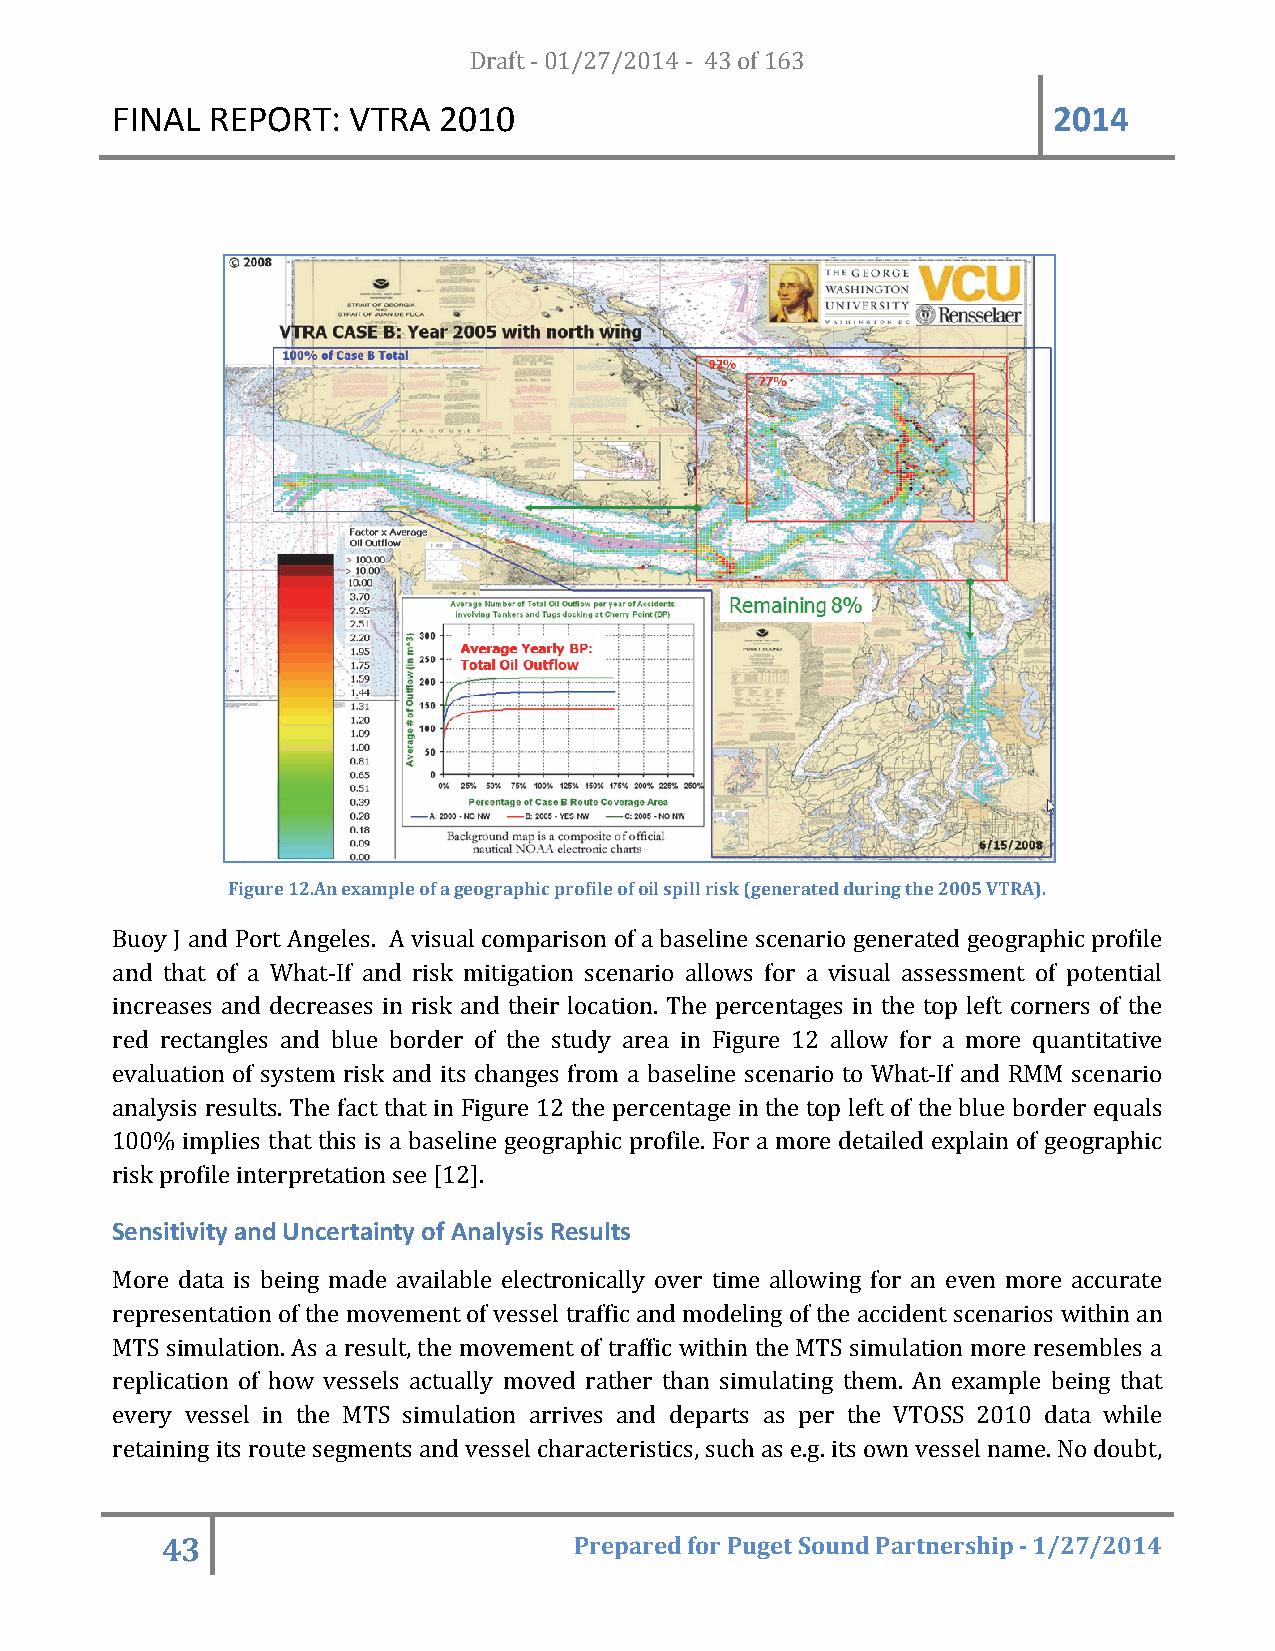
FINAL  REPORT:  VTRA  20D1r0af t - 01/27/2014 - 43 of 163      2014
 Figure 12.An example of a geographic profile of oil spill risk (generated during the 2005 VTRA).
 Buoy J and Port Angeles. A visual comparison of a baseline scenario generated geographic profile
 and that of a What-If and risk mitigation scenario allows for a visual assessment of potential
 increases and decreases in risk and their location. The percentages in the top left corners of the
 red rectangles and blue border of the study area in Figure 12 allow for a more quantitative
 evaluation of system risk and its changes from a baseline scenario to What-If and RMM scenario
 analysis results. The fact that in Figure 12 the percentage in the top left of the blue border equals
 100% implies that this is a baseline geographic profile. For a more detailed explain of geographic
 risk profile interpretation see [12].
 Sensitivity and Uncertainty of Analysis Results
 More data is being made available electronically over time allowing for an even more accurate
 representation of the movement of vessel traffic and modeling of the accident scenarios within an
 MTS simulation. As a result, the movement of traffic within the MTS simulation more resembles a
 replication of how vessels actually moved rather than simulating them. An example being that
 every vessel in the MTS simulation arrives and departs as per the VTOSS 2010 data while
 retaining its route segments and vessel characteristics, such as e.g. its own vessel name. No doubt,
 43                         Prepared for Puget Sound Partnership - 1/27/2014